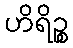
ဟိရိဉ္စ